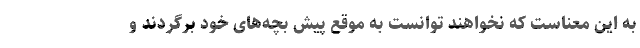
به این معناست که نخواهند توانست به موقع پیش بچه‌های خود برگردند و